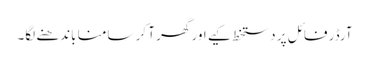
آرڈر فائل پر دستخط کیے اور گھر آ کر سامنا باندھنے لگا۔